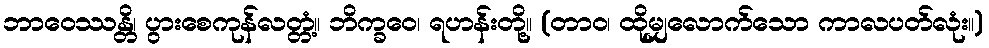
ဘာဝေဿန္တိ၊ ပွားစေကုန်လတ္တံ့။ ဘိက္ခဝေ၊ ရဟန်းတို့။ (တာဝ၊ ထိုမျှလောက်သော ကာလပတ်လုံး။)